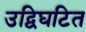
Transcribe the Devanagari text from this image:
उद्विघटित